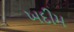
ખદીમ